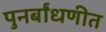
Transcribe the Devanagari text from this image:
पुनर्बांधणीत